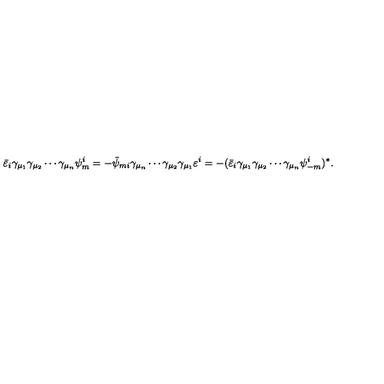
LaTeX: \bar { \varepsilon } _ { i } \gamma _ { \mu _ { 1 } } \gamma _ { \mu _ { 2 } } \cdots \gamma _ { \mu _ { n } } \psi _ { m } ^ { i } = - \bar { \psi } _ { m i } \gamma _ { \mu _ { n } } \cdots \gamma _ { \mu _ { 2 } } \gamma _ { \mu _ { 1 } } \varepsilon ^ { i } = - ( \bar { \varepsilon } _ { i } \gamma _ { \mu _ { 1 } } \gamma _ { \mu _ { 2 } } \cdots \gamma _ { \mu _ { n } } \psi _ { - m } ^ { i } ) ^ { * } .